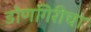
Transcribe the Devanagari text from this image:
डोणगिरीचा